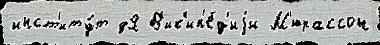
инст'иту́т дЯ В'ик'ип'е́д'иjи М'юрассон